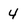
Character: 4